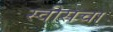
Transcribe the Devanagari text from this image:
स्वीसचा